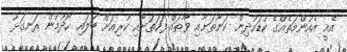
އެއީ އެއުންމަތެއްގެ ކުޑަކުދިން ކަނާތަށާއި ވާތައް ފަހަތަށާއި ކުރިއަށް ބަލައި ހޯދުމުން ރަނގަޅު